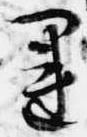
運